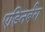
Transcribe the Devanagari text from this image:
एडिनर्बग